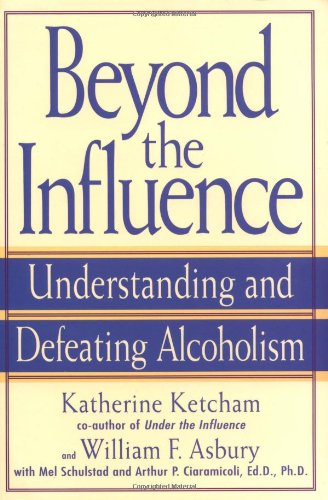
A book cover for Beyond the Influence: Understanding and Defeating Alcoholism; Katherine Ketcham; Health, Fitness & Dieting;